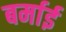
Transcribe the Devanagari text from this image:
बर्माई